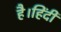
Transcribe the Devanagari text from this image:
है।हिंदी